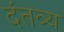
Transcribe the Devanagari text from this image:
दंतव्य